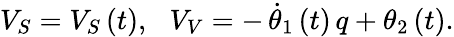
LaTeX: V_{S}=V_{S}\left(t\right),\, \, \, \, V_{V}=-\, \dot{\theta}_{1}\left(t\right)\, q+\theta_{2}\left(t\right).